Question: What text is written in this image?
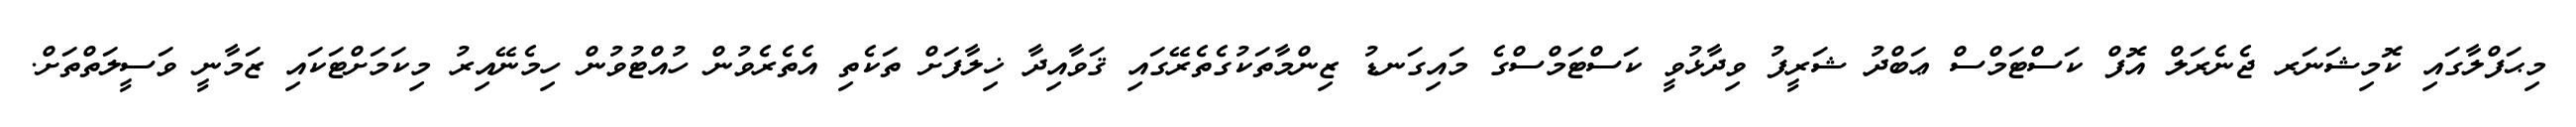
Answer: މިޙަފްލާގައި ކޮމިޝަނަރ ޖެނެރަލް އޮފް ކަސްޓަމްސް ޢަބްދު ޝަރީފު ވިދާޅުވީ ކަސްޓަމްސްގެ މައިގަނޑު ޒިންމާތަކުގެތެރޭގައި ޤަވާއިދާ ޚިލާފަށް ތަކެތި އެތެރެވުން ހުއްޓުވުން ހިމެނޭއިރު މިކަމަށްޓަކައި ޒަމާނީ ވަސީލަތްތަށް.